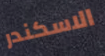
الاسكندر